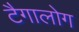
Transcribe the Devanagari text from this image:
टैगालोग